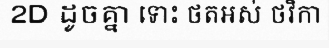
2D ដូចគ្នា ទោះ ថតអស់ ថវិកា